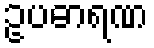
ဥပဓာရဏ